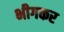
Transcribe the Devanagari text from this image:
भीगकर